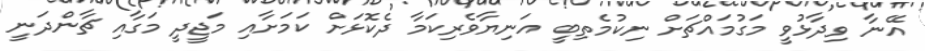
އޭނާ ވިދާޅުވީ މަގުމައްޗަށް ނިކުމެތިބީ އަނިޔާވެރިކަމާ ދެކޮޅަށް ކަމަށާއި މަޖީދީ މަގާއި ޗާންދަނީ